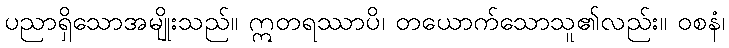
ပညာရှိသောအမျိုးသည်။ ဣတရဿာပိ၊ တယောက်သောသူ၏လည်း။ ဝစနံ၊